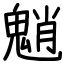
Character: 魈